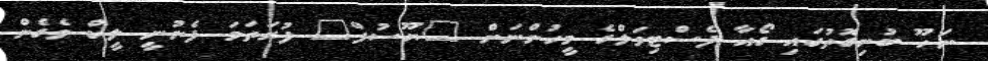
ނަހޫ ބުނިގޮތުގައި ގޯއާ ފެސްޓިވަލްގެ މީހުންނަށް "ޔޫސުފް" ފުރަތަމަ ފެނުނީ ލީކް ވެގެން